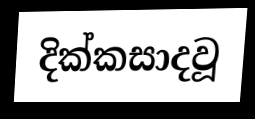
දික්කසාදවූ